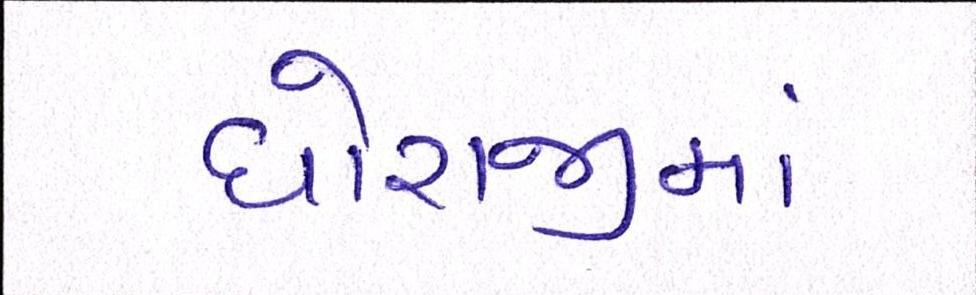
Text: ધોરાજીમાં